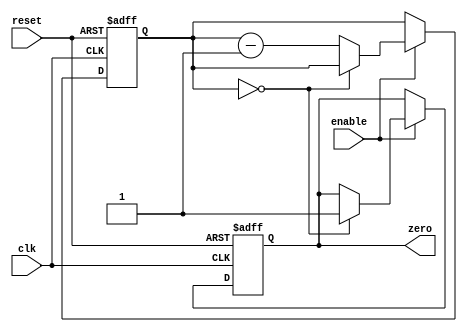
module BinaryDownCounter (
    input wire clk,
    input wire reset,
    input wire enable,
    output reg zero
);

reg [3:0] count;

always @(posedge clk or negedge reset) begin
    if (reset == 0) begin
        count <= 4'b1111; // initial value
        zero <= 0;
    end else begin
        if (enable) begin
            if (count == 0) begin
                zero <= 1;
            end else begin
                count <= count - 1;
            end
        end
    end
end

endmodule